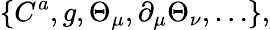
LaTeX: \{ C^{a},g,\Theta_{\mu},\partial_{\mu}\Theta_{\nu},\ldots\} ,